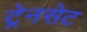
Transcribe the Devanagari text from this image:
ट्रेनसेट